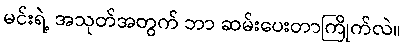
မင်းရဲ့ အသုတ်အတွက် ဘာ ဆမ်းပေးတာကြိုက်လဲ။